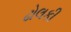
ઢોલકી